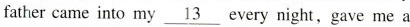
father came into my \underline{13} every night, gave me a